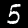
Label: 5